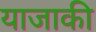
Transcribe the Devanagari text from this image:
याजाकी